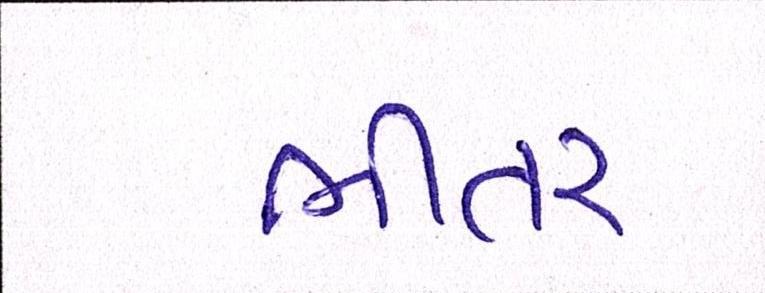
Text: ભીતર